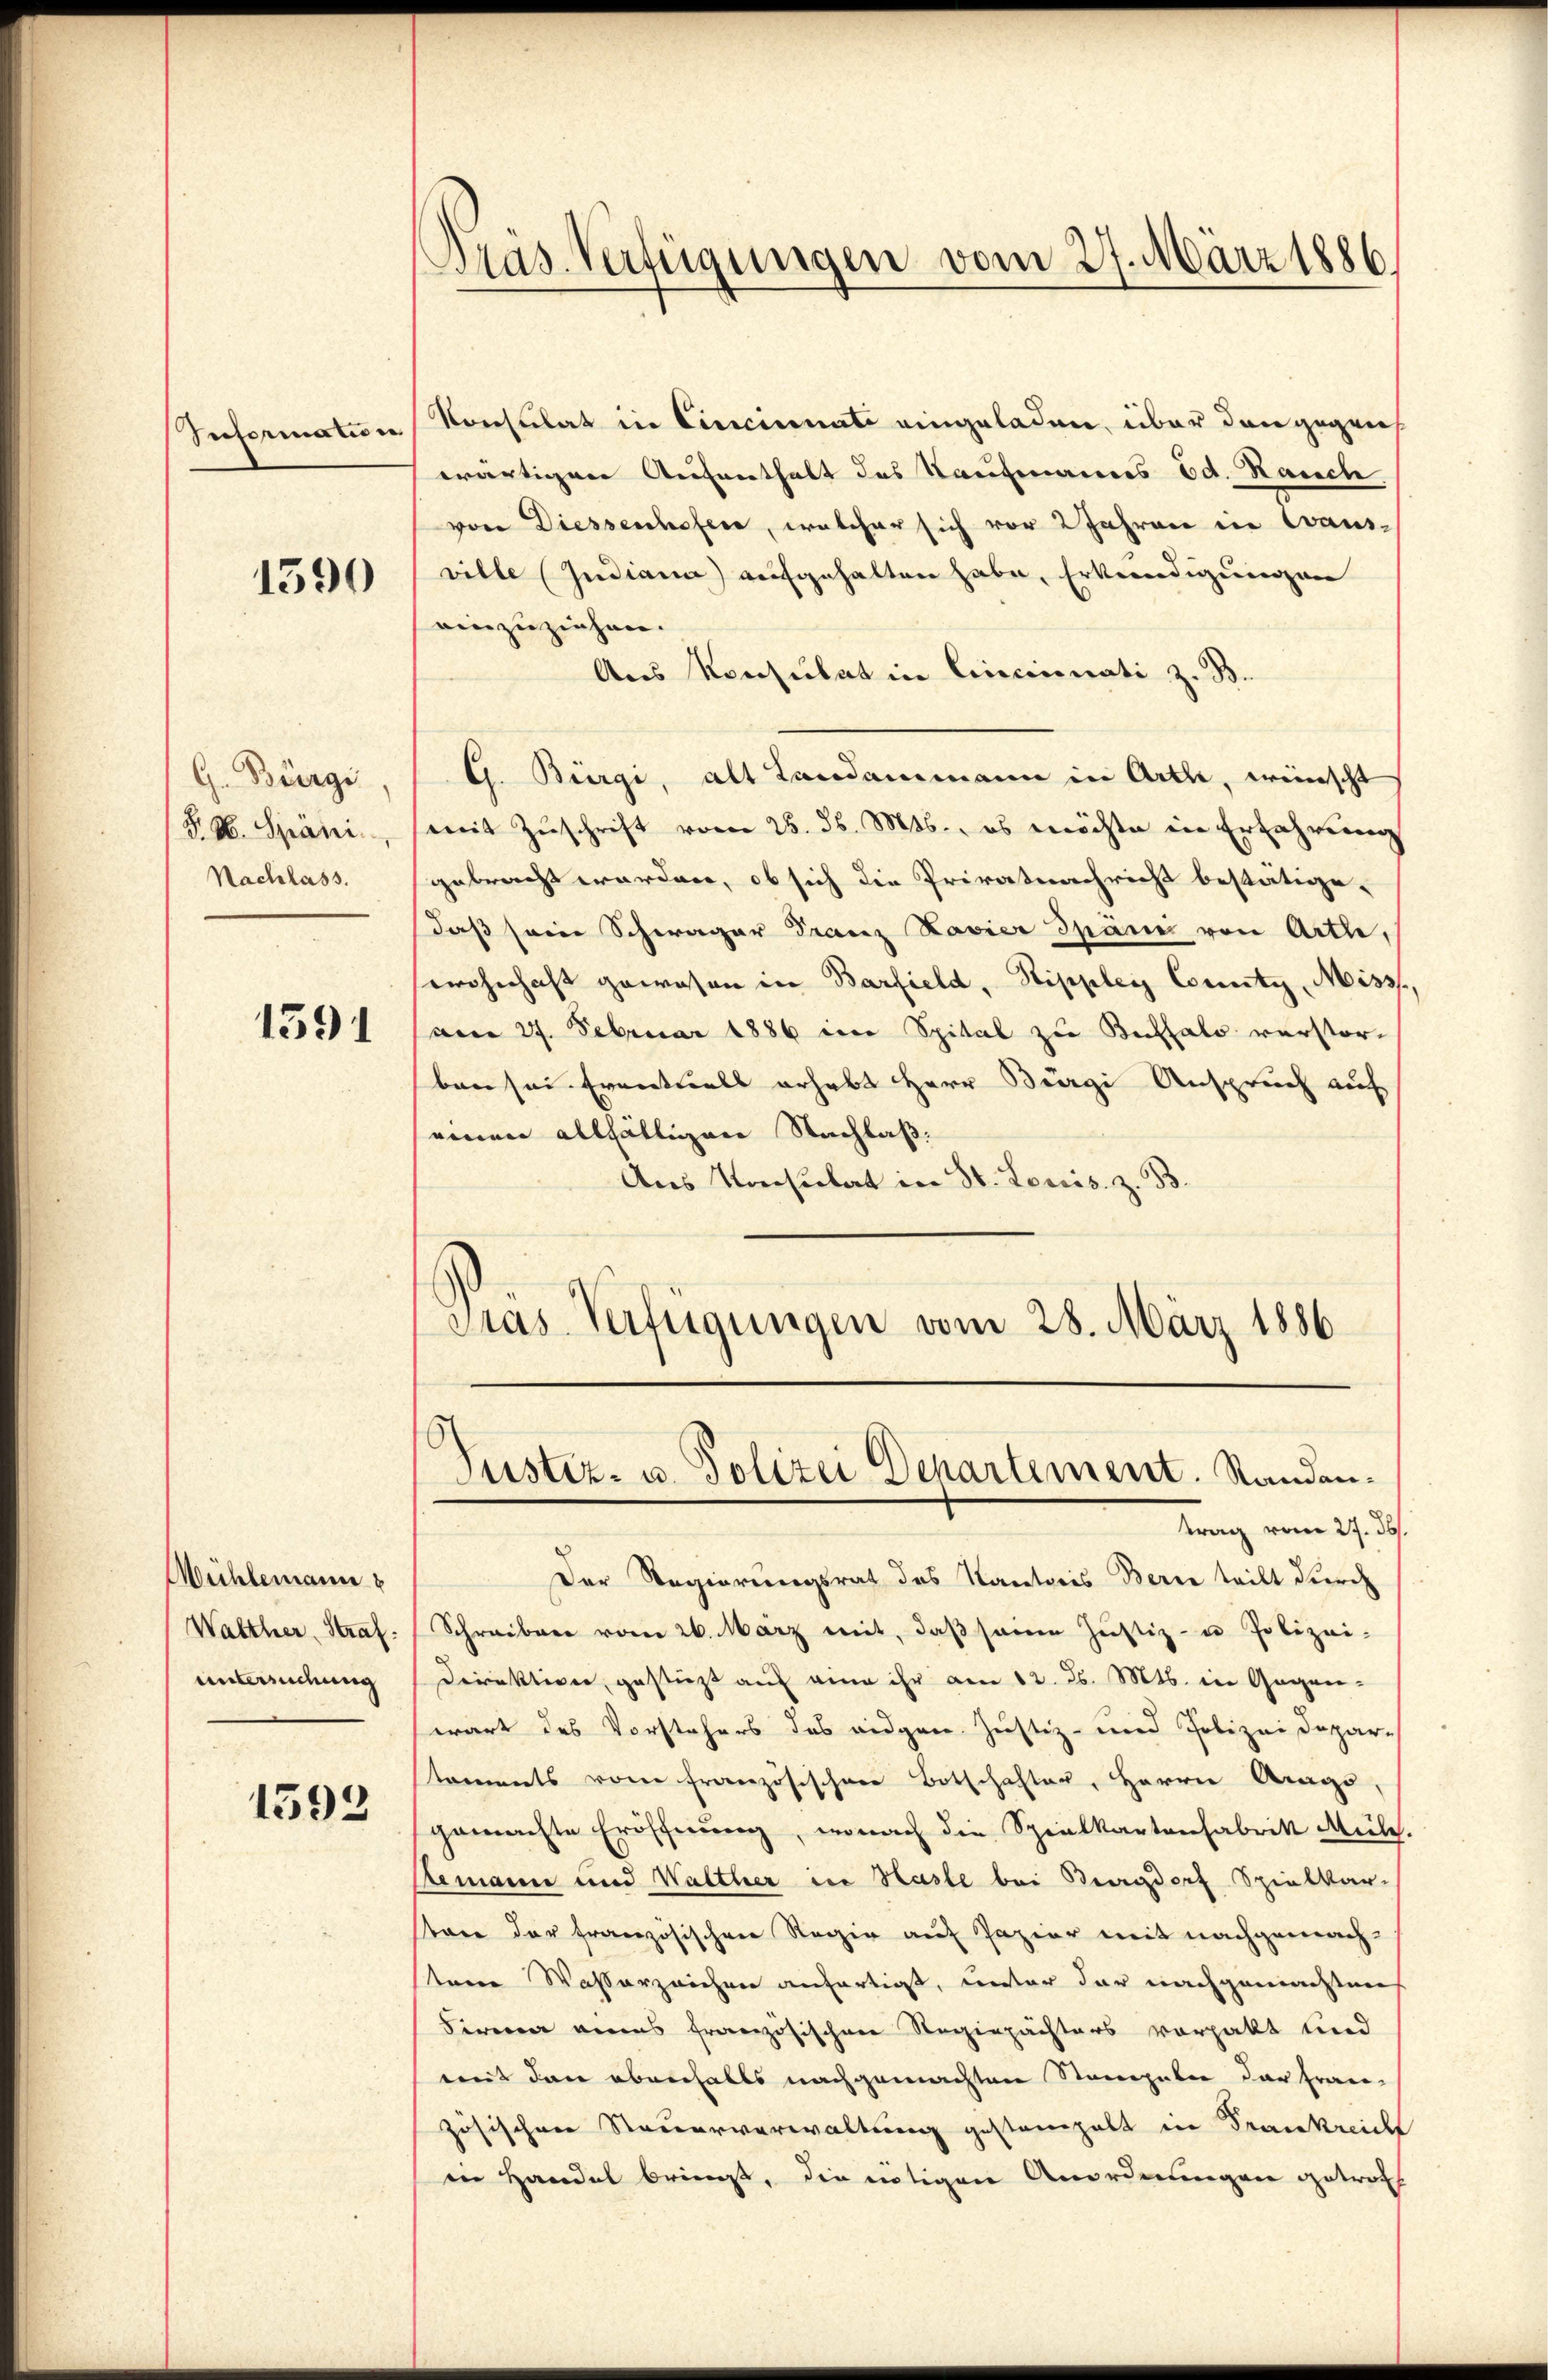
1590

G. Bürgi
P. H. Späni.
Nachlass.

1391

Wühlemann
Walther, Straf.
unbindung

1593

Information Konsulat in Cincinnate eingeladen, über dann gegens
wärtigen Aufenthalt des Kaufmannes Ed. Rassch
von Diessenhofen, welcher sich vor 2 Jahren in Caus.
ville (Indiana aufgehalten habe, Erkundigungen
einzuziehen.
Aus Konsulat in Cincinati z. B.
G. Bürgi, alt Landammann in Arthe, wünscht
mit Zuschrift vom 25. d. Mts., es möchte in Erfahrung
gebracht worden, ob sich die Privatnachricht bestätigedaß sein Schwager Franz Favier Spänii von Arthe,
sewohnhaft gewesen in Barfield, Stippley County, Misss,
(am 27. Februar 1886 im Spital zu Buffalo verstor-
ben sei Eventuals erhebt Herr Bürgi Anspruch auf
seinen allfälligen Nachlaß:
Aus Konsulat in St. Louis. z. B.
Pras Verfügungen vom 28. März 1886

Präs. Verfügungen vom 27. März 1886

Justiz- u. Polizei Departement. Randan¬

trag vom 27. Jb.
Der Regierungsrat des Kantons Bern teilt durch
Schreiben vom 26. März mit, daβ seine Justiz- u Polizei-
Derrektion, gestüzt auf eine ihr am 12. d. Mts. in Gegenwart des Vorstehers des eidgen. Justiz- und Polizei Depar-
taments vom französischen Botschafter, Herrn Ango,
gemachte Eröffnung, wonach die Spielkartenfabrik Mich.
Remann und Walther in Hasle bei Burgdorf Spielkar-
stare der französischen Regie auf Pazier mit nachgemachstere Wasserzeichen anfertigt, unter der nachgemachtene
Firmen ains französischen Regiepächters vorhalt und
mit den ebenfalls nachgemachten Stangaben der fran-
zösischen Steuerverwaltung gestampelt in Frankreich
in Handel bringt, die nötigen Anordnungen getrott